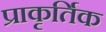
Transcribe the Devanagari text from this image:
प्राकृर्तिक